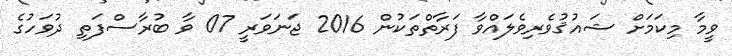
ވީމާ މިކަމަށް ޝައުޤުވެރިވެލައްވާ ފަރާތްތަކުން 2016 ޖަނަވަރީ 07 ވާ ބުރާސްފަތި ދުވަހުގެ